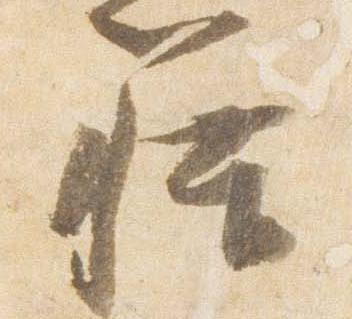
籍